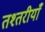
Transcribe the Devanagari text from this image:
तश्तरीयाँ